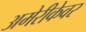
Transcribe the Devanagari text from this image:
अमेरीकेवर